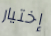
إختيار